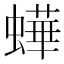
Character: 𧑍